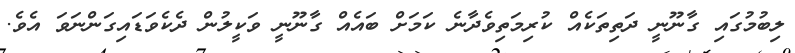
ލިބުމުގައި ގާނޫނީ ދަތިތަކެއް ކުރިމަތިވެދާނެ ކަމަށް ބައެއް ގާނޫނީ ވަކީލުން ދެކެވަޑައިގަންނަވަ އެވެ.